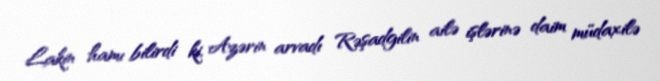
Lakin hamı bilirdi ki, Azərin arvadı Rəşadgilin ailə işlərinə daim müdaxilə